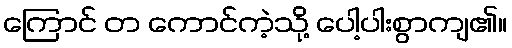
ကြောင် တ ကောင်ကဲ့သို့ ပေါ့ပါးစွာကျ၏။